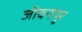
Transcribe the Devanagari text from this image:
जीवनपुर